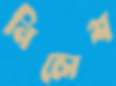
নিলেশ